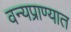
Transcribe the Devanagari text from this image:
वन्यप्राण्यात